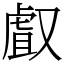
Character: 𠭯